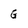
Character: G